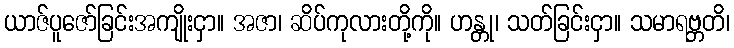
ယာဇ်ပူဇော်ခြင်းအကျိုးငှာ။ အဇာ၊ ဆိပ်ကုလားတို့ကို။ ဟန္တု၊ သတ်ခြင်းငှာ။ သမာရဗ္ဘတိ၊